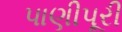
પાણીપૂરી